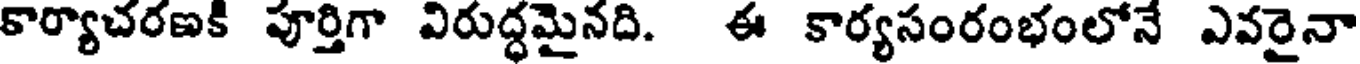
కార్యాచరణకి పూర్తిగా విరుద్ధమైనది. ఈ కార్యసంరంభంలోనే ఎవరైనా